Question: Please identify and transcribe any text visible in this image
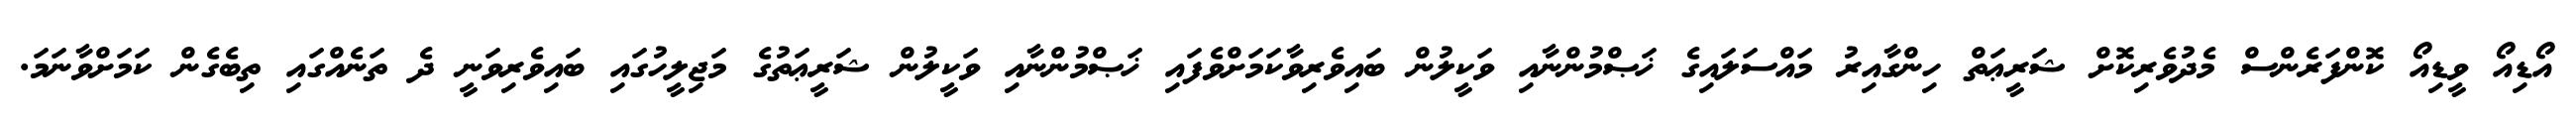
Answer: އޯޑިއޯ ވީޑިއޯ ކޮންފަރެންސް މެދުވެރިކޮށް ޝަރީޢަތް ހިންގާއިރު މައްސަލައިގެ ޚަޞްމުންނާއި ވަކީލުން ބައިވެރިވާކަމަށްވެފައި ޚަޞްމުންނާއި ވަކީލުން ޝަރީޢަތުގެ މަޖިލީހުގައި ބައިވެރިވަނީ ދެ ތަނެއްގައި ތިބެގެން ކަމަށްވާނަމަ.